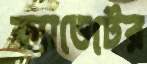
ক্যাডেটের